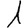
Digit: 1